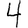
Digit: 4